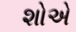
શોએ